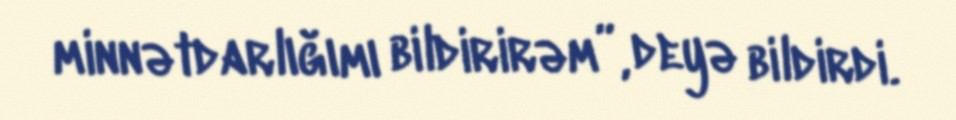
minnətdarlığımı bildirirəm”, deyə bildirdi.